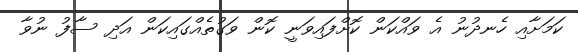
ކަމަށާއި ހެނދުނު އެ ވައްކަން ކޮށްފައިވަނީ ކޮން ވަގުތެއްގައިކަން އަދި ސާފު ނުވާ